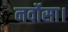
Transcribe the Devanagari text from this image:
नर्वोसा।